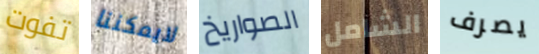
تفوت لايمكننا الصواريخ الشامل يصرف